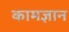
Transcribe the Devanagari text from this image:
कामज्ञान